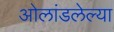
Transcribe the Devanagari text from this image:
ओलांडलेल्या